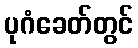
ပုဂံခေတ်တွင်